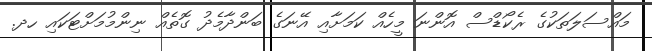
މައްސަލަތަކުގެ ރެކޯޑްސް އޮންނަ މީހެއް ކަމަށާއި އޭނަގެ ބަންދާމެދު ގޮތެއް ނިންމުމަށްޓަކައި ހދ.